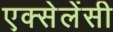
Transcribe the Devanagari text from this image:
एक्सेलेंसी